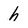
Character: h